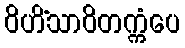
ဝိဟိံသာဝိတက္ကံပေ